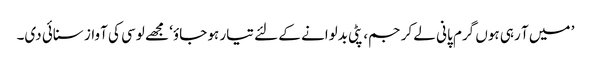
’ میں آ رہی ہوں گرم پانی لے کر جم، پٹی بدلوانے کے لئے تیار ہو جاؤ‘ مجھے لوسی کی آواز سنائی دی۔